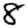
Digit: 8